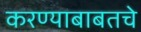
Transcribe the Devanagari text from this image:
करण्याबाबतचे